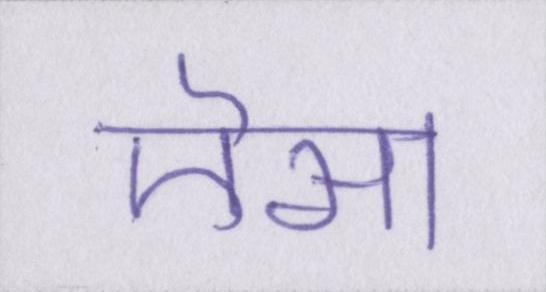
ऎसा